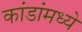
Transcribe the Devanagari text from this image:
कांडांमध्ये